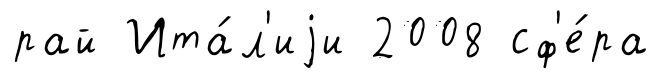
рай Ита́л'иjи 2008 сф'е́ра